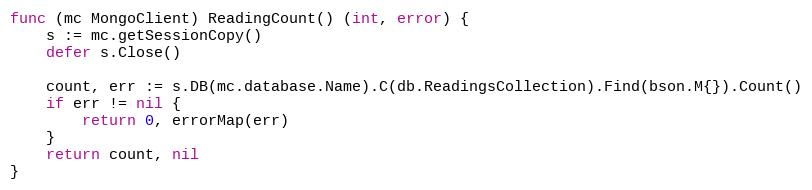
Language: Go
func (mc MongoClient) ReadingCount() (int, error) {
	s := mc.getSessionCopy()
	defer s.Close()

	count, err := s.DB(mc.database.Name).C(db.ReadingsCollection).Find(bson.M{}).Count()
	if err != nil {
		return 0, errorMap(err)
	}
	return count, nil
}